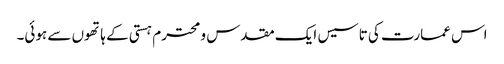
اس عمارت کی تاسیس ایک مقدس و محترم ہستی کے ہاتھوں سے ہوئی۔